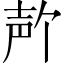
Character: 𪤲